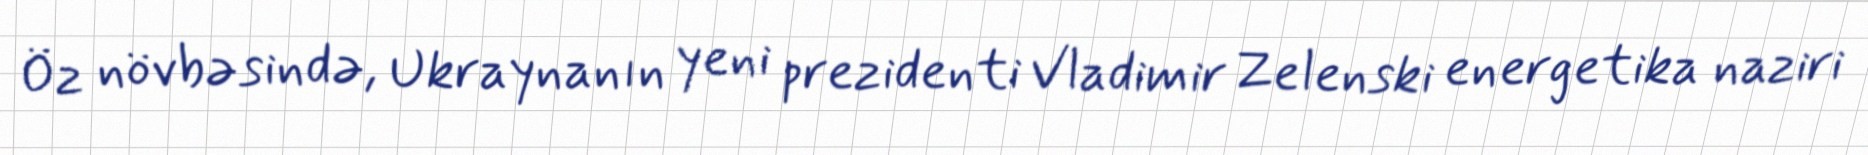
Öz növbəsində, Ukraynanın yeni prezidenti Vladimir Zelenski energetika naziri